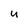
Character: u